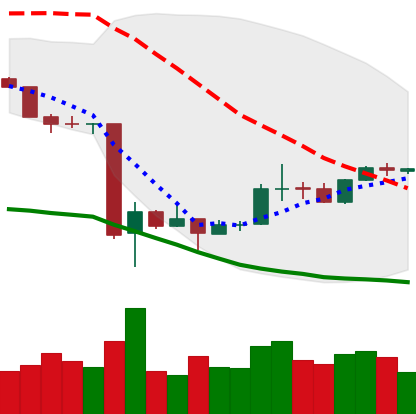
Ticker: BTC-USD
Chart end date: 2020-03-26
Forward return: -4.136%
Label: down_3_5